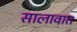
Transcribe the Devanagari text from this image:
सालावात